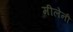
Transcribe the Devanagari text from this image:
मीलेनी